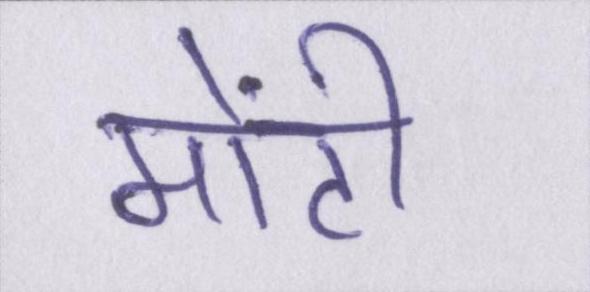
मोंटी